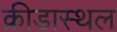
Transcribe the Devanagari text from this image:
क्रीडास्थल